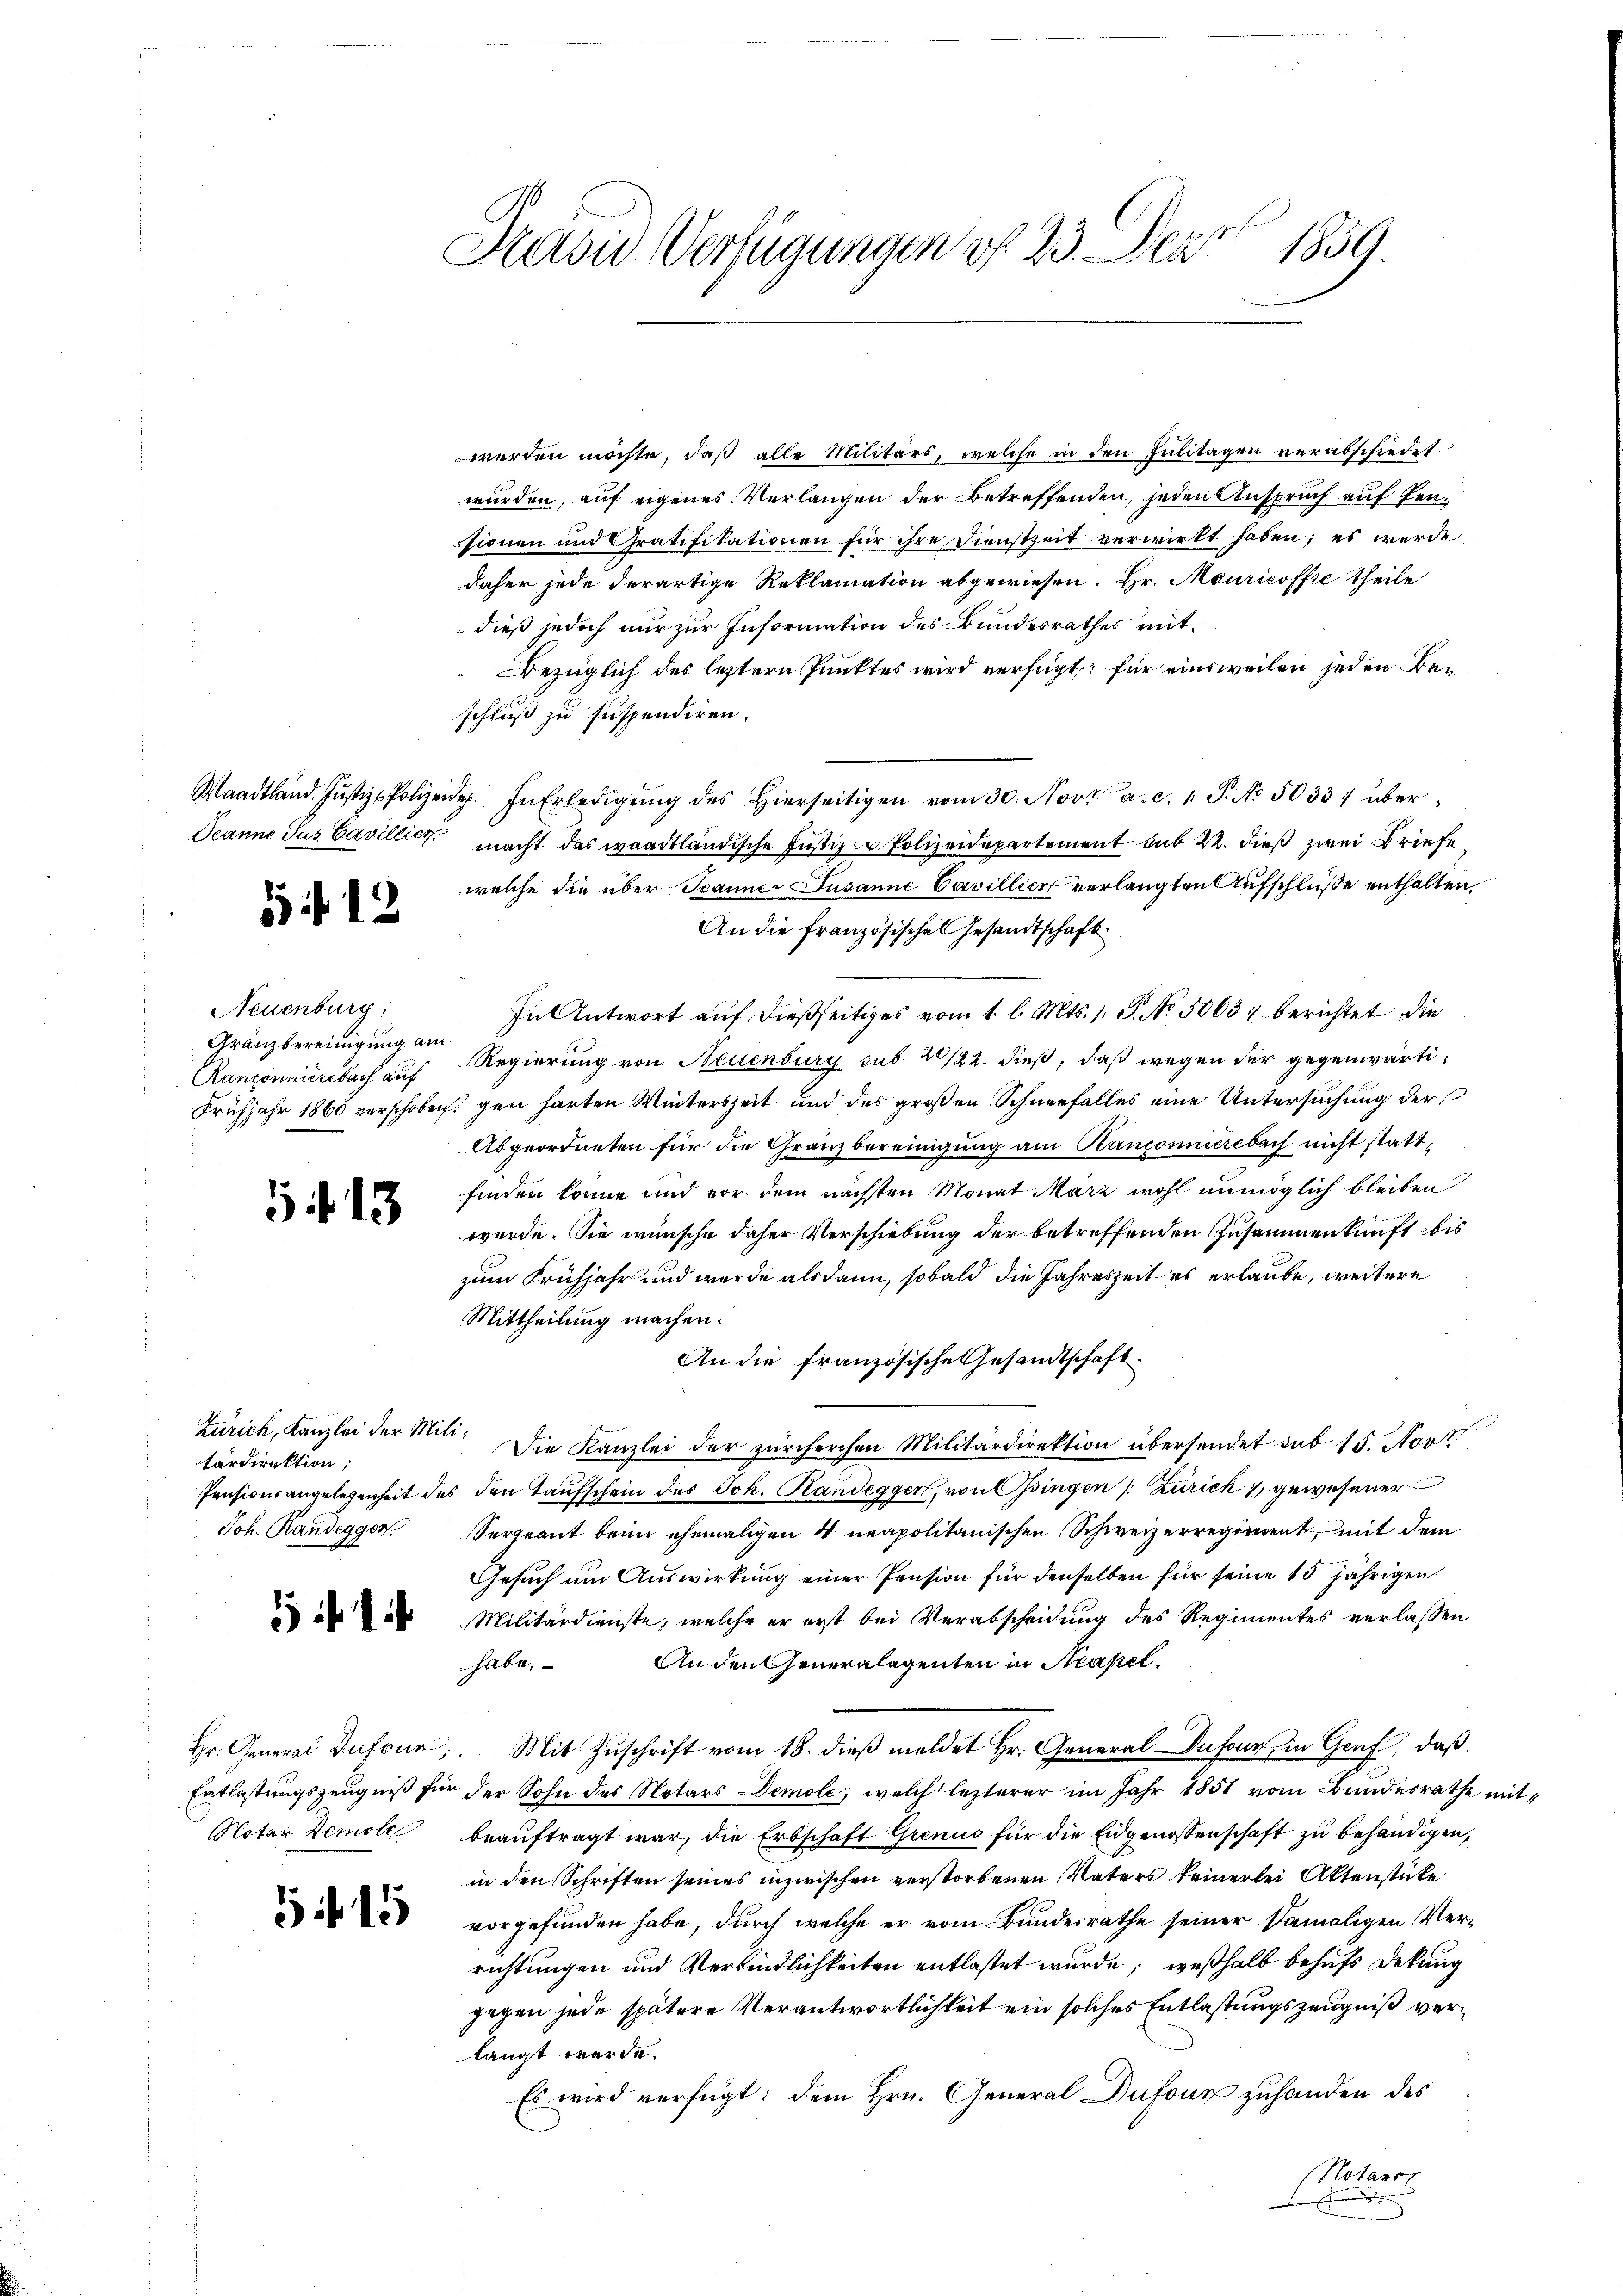
512

Neuenburg,
Gränz bereinigung am

513

Zürich, Kanzlei der Militärdirektion;
Joh. Randegger.

Notar Demole

5 f 15

Kasid. Verfügungen d. 23. Par 1859.

werden möchte, daß alle Militärs, welche in den Julitagen verabschiedet
würden, auf eigenes Verlangen der Betreffenden, jeden Anspruch auf Pensionen und Gratifikationen für ihre Dienstzeit verwirkt haben; es werde
daher jede derartige Reklamation abgewiesen. Hr. Mauricoffe theile
dieß jedoch nur zur Information des Bundesrathes mit¬
Bezüglich des letztere Punktes wird verfügt: für einsweilen jeden Beschluß zu suspendiren.
Waadtland. Jŭstiz-Polizeide. In Erledigŭng des hierseitigen vom 30. Nov. a. c. 1 S. No. 5033) über¬
Deanne Jus Cavillier, macht das waadtländische Justiz in Polizeidepartement sub 22. dieß zwei Briefe
welche die über Jeanner Jusanne Cavillier verlangten Aufschluße enthalten,
An die französisches Gesandtschaft
In Antwort auf dießseitiges vom 1. l. Mts. 1. P. No. 50637 berichtet die
Ranzonnierebach auf Regierung von Neuenburg sub 20/22. dieß, daß wegen der gegenwärti¬
Frühjahr 1865 verschoben gen harten Winterszeit und des großen Schneefalles eine Untersuchung der
Abgeordneten für die Granzbereinigung am Kanconnierebach nicht stattfinden könne und vor dem nächsten Monat März wohl unmöglich bleiben
wurde. Sie wünsche daher Verschiebung der betreffenden Zusammenkunft bis
zum Frühjahr und wurde als dann, sobald die Jahreszeit es erlaube, weitere
Mittheilung machen.
An die französische Gesandtschaft.
Die Kanzlei der zürcherchen Militärdirektion übersendet sub 15. Nov
Pensionsangelegenheit des den Taufschein des Joh. Randegger, von Ossingen (Zürich 1 gewesener
Sergnant beim ehemaligen 4 neapolitanischen Schweizerregiment, mit dem
Gesuch um Auswirkung einer Pension für denselben für seine 15 jährigen
 Militärdienste, welche er erst bei Verabscheidung des Regimentes verlassen
An den Generalagenten in Neapel.
habe.
Hr. General Infor. Mit Zuschrift vom 18. dieß meldet Hr. General Dufour in Genf, daß
Entlastungszeugniß für der Sohn des Notars Demole, welch lezterer im Jahr 1851 vom Bandesrathe mit
beauftragt war, die Erbschaft Grenus für die Eidgenossenschaft zu behändigen,
in den Schriften seines inzwischen verstorbenen Vaters keinerlei Aktenstücke
vorgefunden habe, durch welche er vom Bundesrathe seiner Damaligen Verrichtungen und Verbindlichkeiten entlastet wurde; weßhalb behufs Dekung
gegen jede spätere Verantwortlichkeit ein solches Entlastungszeugniß verlangt werde.
Es wird verfügt: dem Hrn. General Dufour zuhanden des
(Notarst